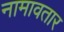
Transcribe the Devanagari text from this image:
नामावतार